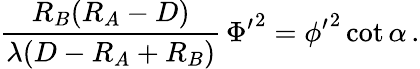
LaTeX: {\frac{R_{B}(R_{A}-D)}{\lambda(D-R_{A}+R_{B})}}\, {\Phi^{\prime}}^{2}={\phi^{\prime}}^{2}\cot\alpha\, .